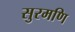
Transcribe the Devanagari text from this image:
सुरमणि